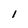
Character: 1